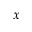
x